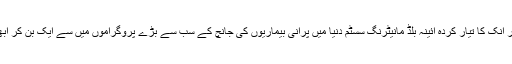
جَن کیئر اِنک کا تیار کردہ آئینہ بلڈ مانیٹرنگ سسٹم دنیا میں پرانی بیماریوں کی جانچ کے سب سے بڑے پروگراموں میں سے ایک بن کر ابھرا ہے۔